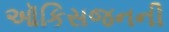
ઑકિસજનની